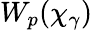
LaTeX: W_{p}(\chi_{\gamma})